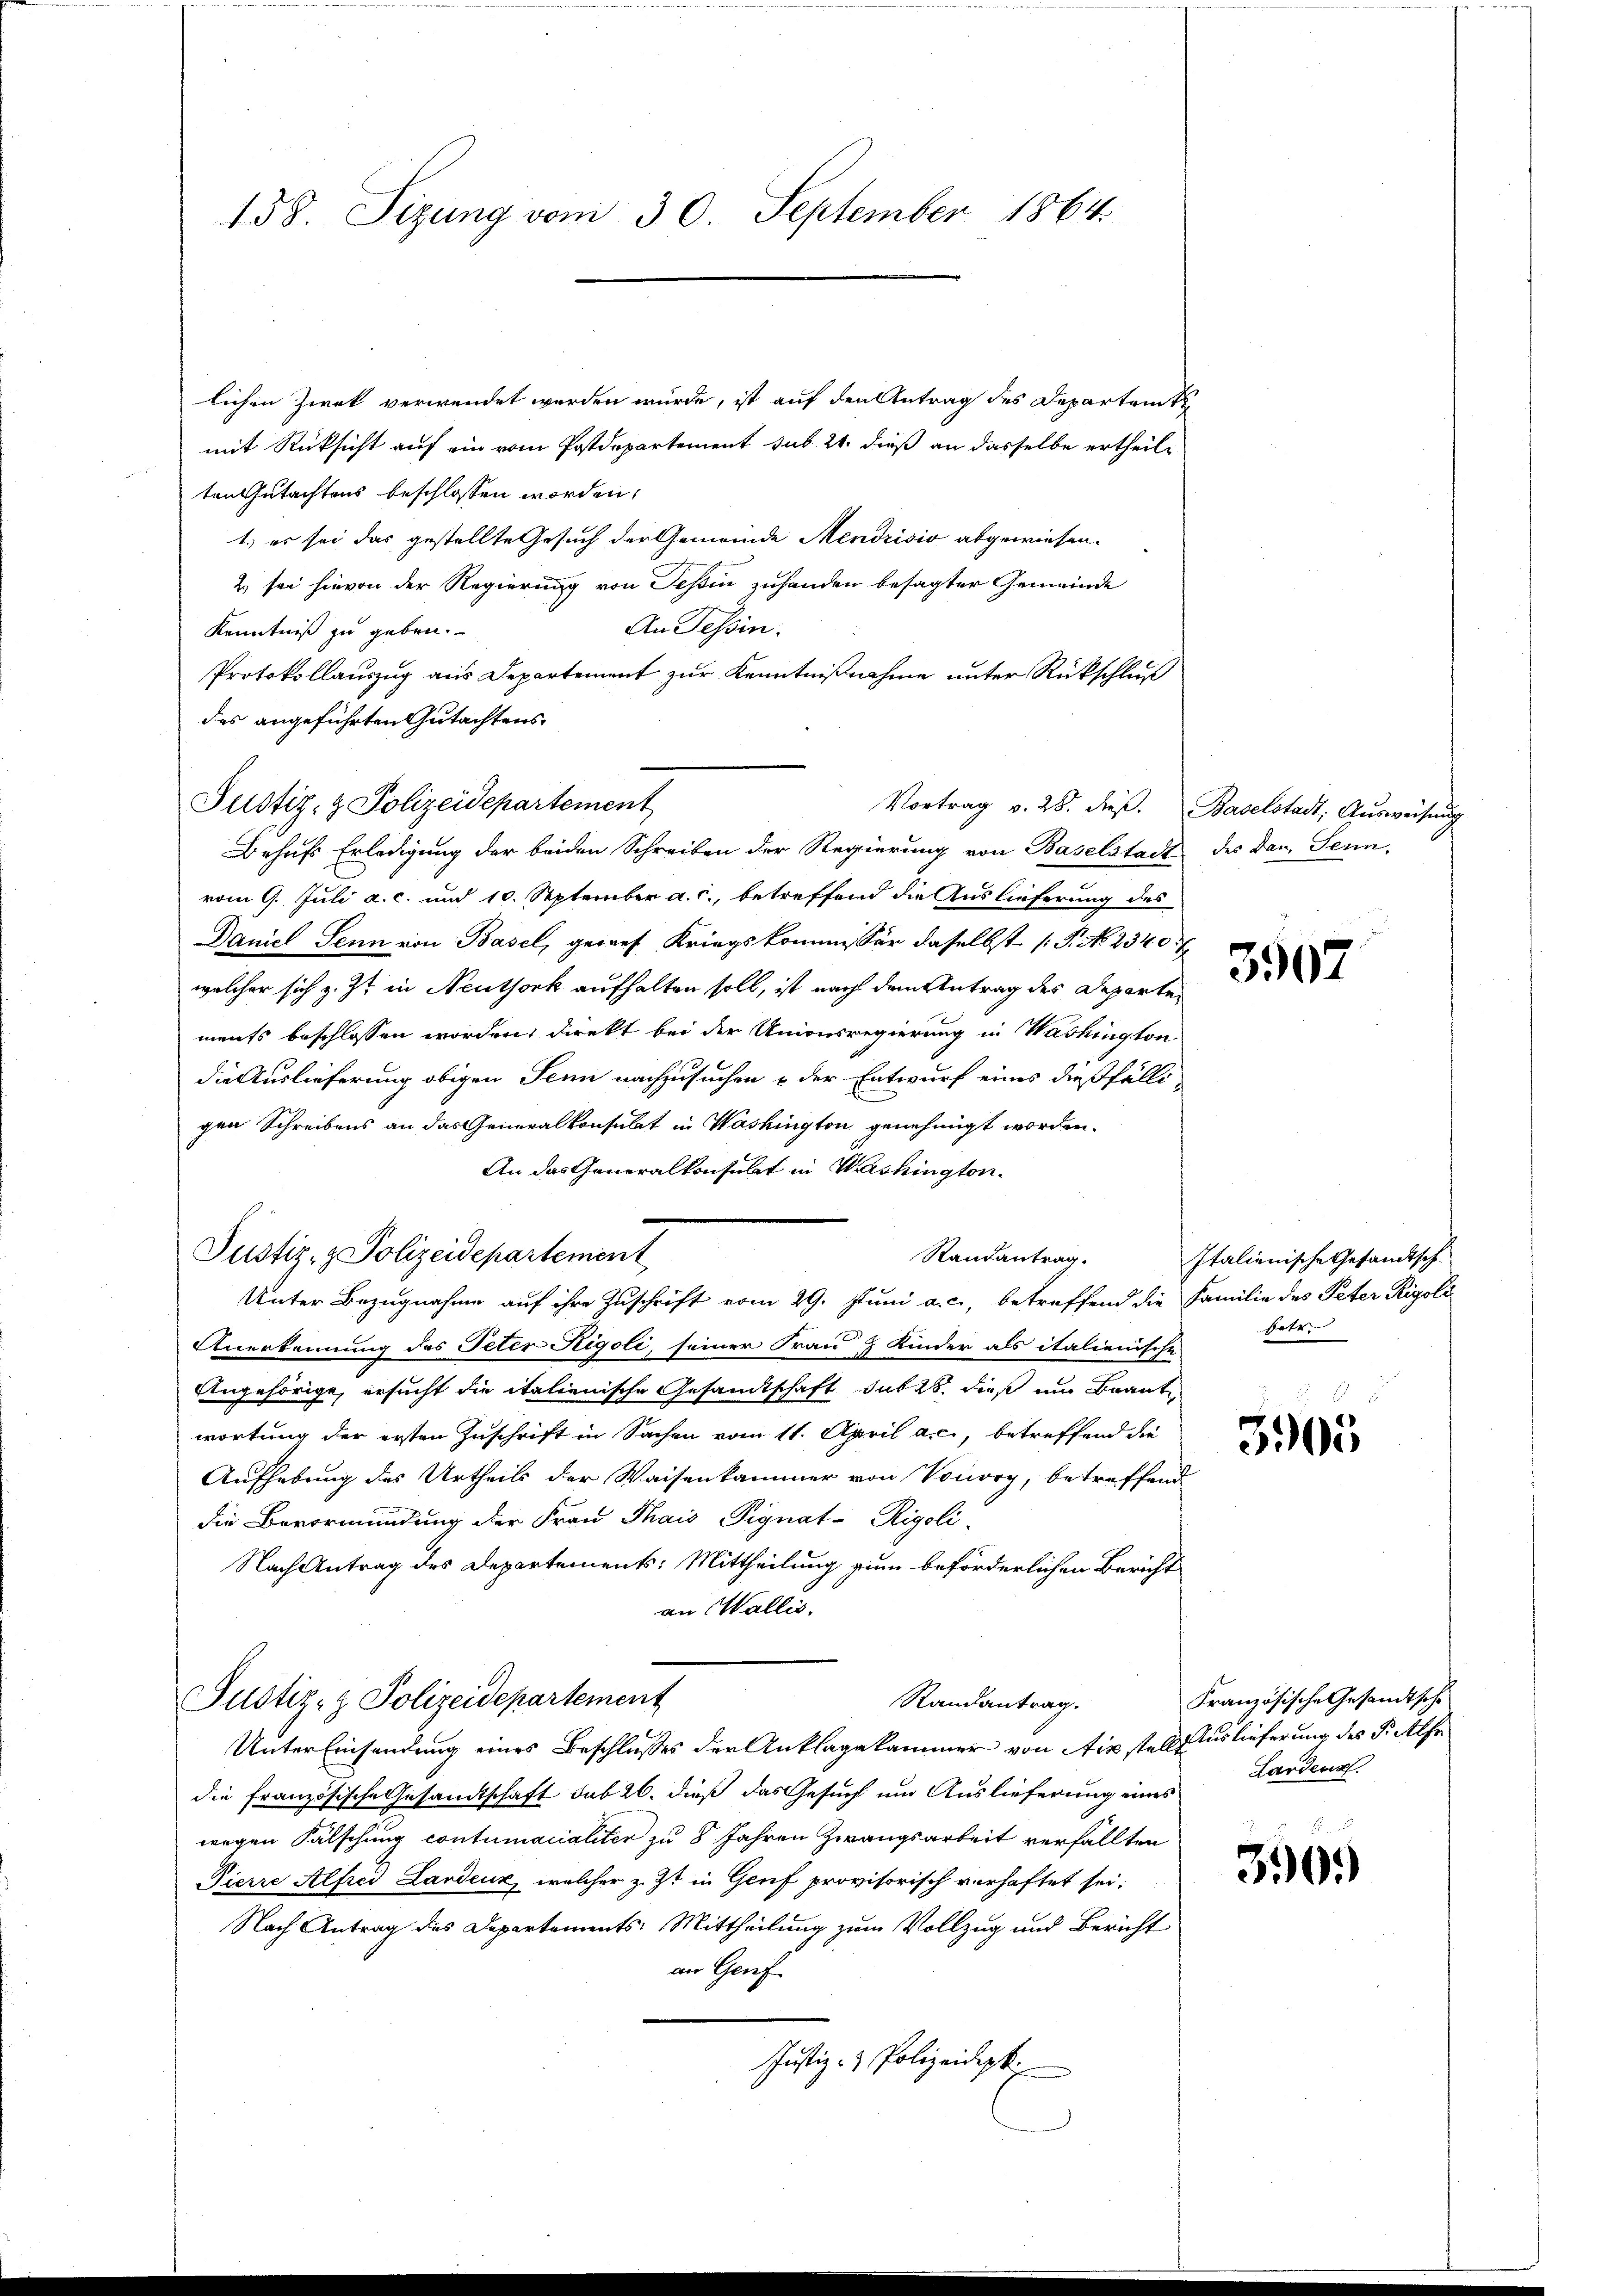
158. Sizung vom 30. September 1864.

lichen Zweck verwendet worden würde, ist auf den Antrag des Departem t
mit Rücksicht auf ein vom Postdepartement sub. 21. dieß an dasselbe ertheilten Gutachtens beschlossen worden,
1.) es sei das gestellte Gesuch der Gemeinde Mendrisis abgewiesen.
2 sei hievon der Regierung von Teßin zuhanden besagter Gemeinde
An Tessin.
Kenntniß zu geben.
Protokollauszug aus Departement zur Kenntnißnahme unter Rückschluß
des angeführten Gutachtens
Justiz- & Polizeidepartement
Vortrag v. 28. dieß. Baselstadt, Ausweisung
Behufs Erledigung der beiden Schreiben der Regierung von Baselstadt des Dan. Senn-
vom 9. Juli a. c. und 10. September a. c., betreffend die Auslieferung des
Daniel Senn von Basel, gewes Kriegskommissär daselbst (T. No 2340. 7
welcher sich z. Zt. in Neuthork aufhalten soll, ist nach dem Antrag des Departements beschlossen worden, direkt bei der Unionsregierung in Washington
die Auslieferung obigen Senn nachzusuchen & der Entwurf eines dießfälligen Schreibens an das Generalkonsulat in Washington genehmigt worden.
An das Generalkonsulat in Washington.
Justiz- & Polizeidepartement
Randantrag.
Unter Bezugnahme auf ihre Zuschrift vom 29. Juni a. c., betreffend die Familie des Peter Rigoli
Anerkennung des Peter Rigoli, seiner Frau Kinder als italienische
Ungehörige, ersucht die italienische Gesamtschaft sub 28. dieß um Brante
wortung der ersten Zuschrift in Sachen vom 11. April a.c., betreffend die
Aufhebung des Urtheils der Waisenkammer von Vorory, betreffend
die Bevormundung der Frau Thais Pignat-Rigoli-
Nach Antrag des Departement: Mittheilung zum beförderlichen Bericht
an Wallis.
Justiz- & Polizeidepartement
Randantrag.
Unter Einsendung eines Beschlusses der Anklagekammer von Aix stell Auslieferung des S. Alse
die französische Gesandtschaft sub 26. dieß das Gesuch um Auslieferung eines
wegen Fälschung contumacialiter zu 8 Jahren Zwangsarbeit verfällten
Pierre Alfred Landenz, welcher z. Zt. in Genf provisorisch verhaftet sei.
Nach Antrag des Departements-Mittheilung zum Vollzug und Bericht
an Genf
Justiz- & Polizeidept.

Italienische Gesandtsch-
hetr.

3907

.
3905

Französische Gesandtsche
Lardens.

390.